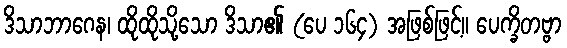
ဒိသာဘာဂေန၊ ထိုထိုသို့သော ဒိသာ၏ (ပေ ၁၆၄) အဖြစ်ဖြင့်။ ပေက္ခိတဗ္ဗာ